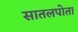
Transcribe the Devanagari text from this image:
सातलपोता